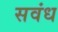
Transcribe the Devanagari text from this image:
सवंध